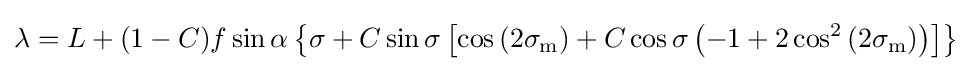
\lambda =L+(1-C)f\sin \alpha \left\{\sigma +C\sin \sigma \left[\cos \left(2\sigma _{\text{m}}\right)+C\cos \sigma \left(-1+2\cos ^{2}\left(2\sigma _{\text{m}}\right)\right)\right]\right\}